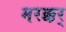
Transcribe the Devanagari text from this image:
मरक्कर्